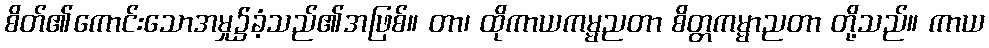
စိတ်၏ကောင်းသောအမှု၌ခံ့သည်၏အဖြစ်။ တာ၊ ထိုကာယကမ္မညတာ စိတ္တကမ္မာညတာ တို့သည်။ ကာယ